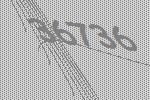
36736